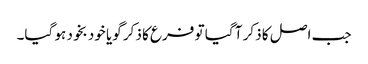
جب اصل کا ذکر آ گیا تو فرع کا ذکر گویا خود بخود ہو گیا۔